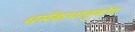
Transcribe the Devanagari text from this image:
धर्मकथानुयोग